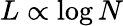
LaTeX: L\propto\log N